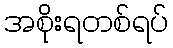
အစိုးရတစ်ရပ်